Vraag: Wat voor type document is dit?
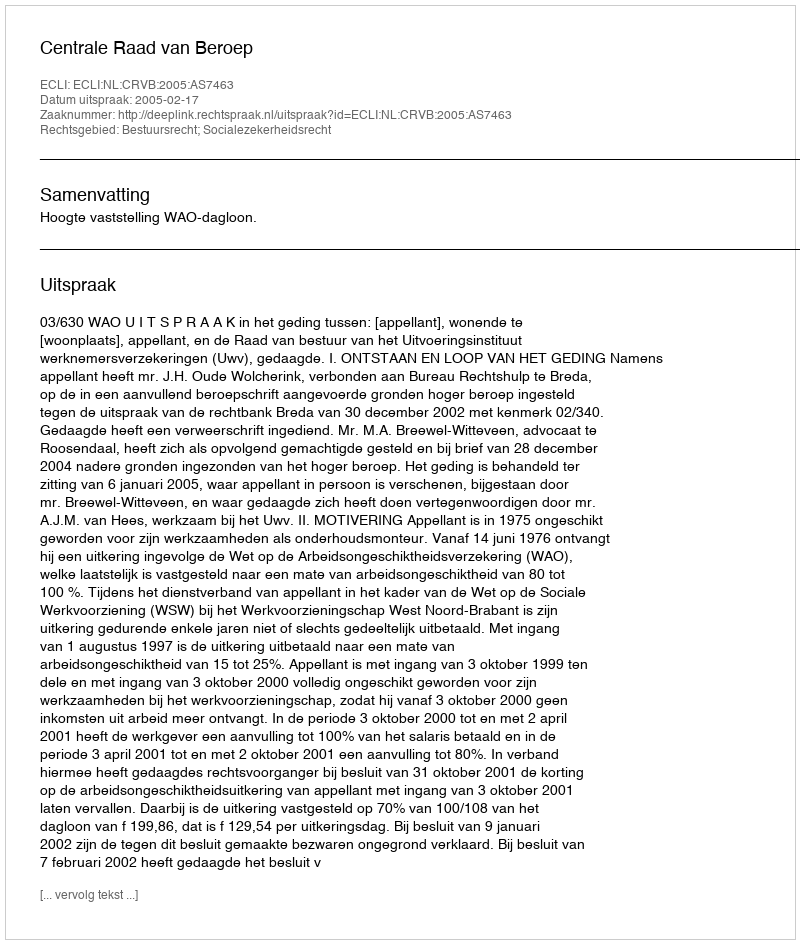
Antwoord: Uitspraak